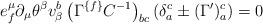
LaTeX: \begin{align*}e^{\mu }_{{ f}} \partial _{\mu }\theta ^{\beta } v^{{ b}}_{\beta }\left(\Gamma ^{\{{ f\}}}C^{-{ 1}}\right)_{{ bc}}\left(\delta ^{{ c}}_{{ a}}\pm (\Gamma ^\prime )^{{ c}}_{{ a}} \right) = 0\end{align*}